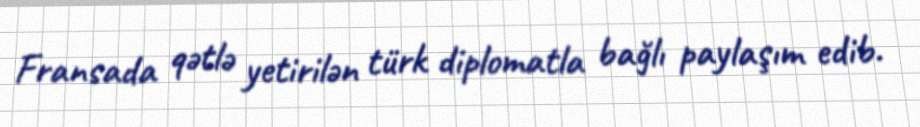
Fransada qətlə yetirilən türk diplomatla bağlı paylaşım edib.